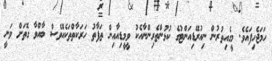
ހަމަޖެހިފައެވެ. މީގެއިތުރުން ނިއުރޭޑިއަންޓުގެ ކުޅުންތެރިންނާއެކު ވީމީޑިއާއިން ތަފާތު ހަރަކާތްތަކެއްވެސް ބާއްވާ ގޮތަށް ވަނީ